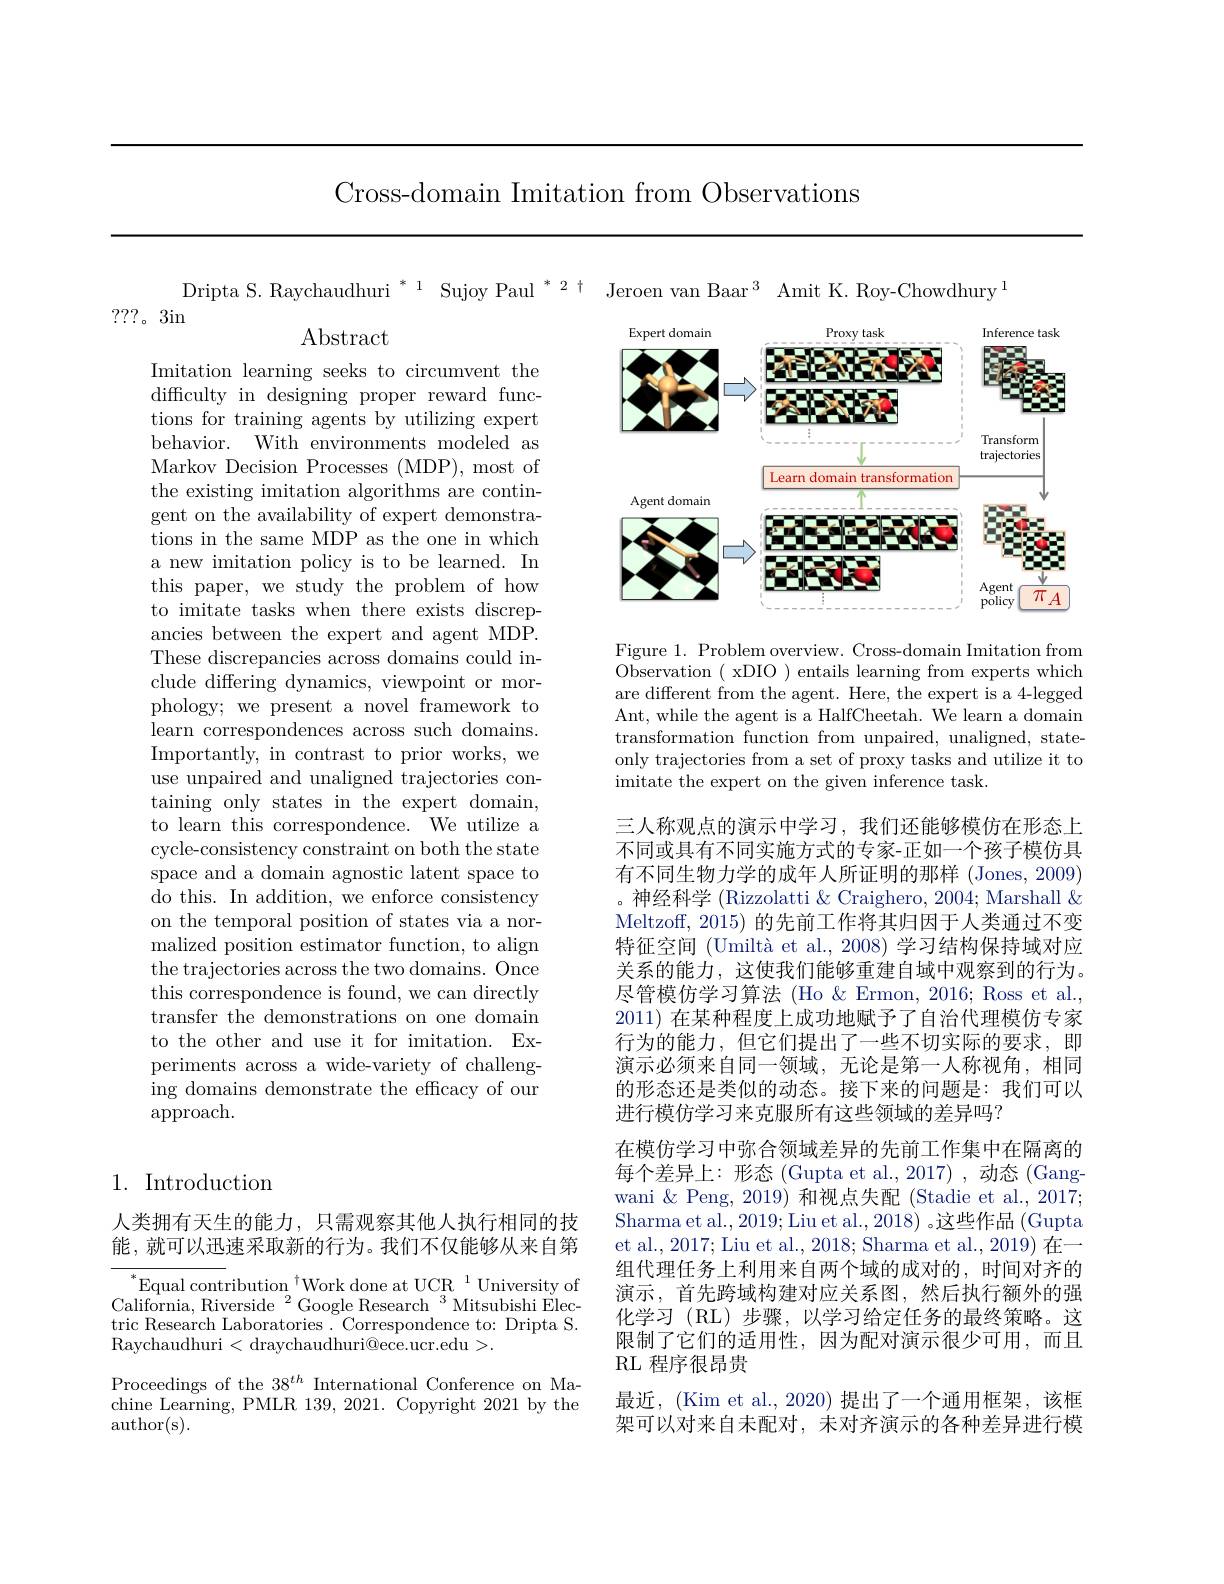
Cross-domain Imitation from Observations

Dripta S. Raychaudhuri $^{*}$ 1 Sujoy Paul $^{*}$ 2 t Jeroen van Baar$^{3}$ Amit K. Roy-Chowdhury$^{1}$

???。3in

$\operatorname{Abstract}$

<FigureHere>

Figure 1. Problem overview. Cross-domain Imitation from Observation ( xDIO ) entails learning from experts which are different from the agent. Here, the expert is a 4-legged Ant, while the agent is a HalfCheetah. We learn a domain transformation function from unpaired, unaligned, stateonly trajectories from a set of proxy tasks and utilize it to imitate the expert on the given inference task.

Imitation learning seeks to circumvent the difficulty in designing proper reward functions for training agents by utilizing expert behavior. With environments modeled as Markov Decision Processes (MDP), most of the existing imitation algorithms are contingent on the availability of expert demonstrations in the same MDP as the one in which a new imitation policy is to be learned. In this paper, we study the problem of how to imitate tasks when there exists discrepancies between the expert and agent MDP. These discrepancies across domains could include differing dynamics, viewpoint or morphology; we present a novel framework to learn correspondences across such domains. Importantly, in contrast to prior works, we use unpaired and unaligned trajectories containing only states in the expert domain, to learn this correspondence. We utilize a cycle-consistency constraint on both the state space and a domain agnostic latent space to do this. In addition, we enforce consistency on the temporal position of states via a normalized position estimator function, to align the trajectories across the two domains. Once this correspondence is found, we can directly transfer the demonstrations on one domain to the other and use it for imitation. Experiments across a wide-variety of challenging domains demonstrate the effcacy of our approach.

三人称观点的演示中学习，我们还能够模仿在形态上不同或具有不同实施方式的专家-正如一个孩子模仿具有不同生物力学的成年人所证明的那样 (Jones,2009) 。神经科学 (Rizzolatti & Craighero, 2004; Marshall & Meltzoff, 2015) 的先前工作将其归因于人类通过不变特征空间 (Umiltà et al., 2008) 学习结构保持域对应关系的能力，这使我们能够重建自域中观察到的行为。尽管模仿学习算法 (Ho&Ermon, 2016; Ross et al., 2011) 在某种程度上成功地赋予了自治代理模仿专家行为的能力，但它们提出了一些不切实际的要求，即演示必须来自同一领域，无论是第一人称视角，相同的形态还是类似的动态。接下来的问题是：我们可以进行模仿学习来克服所有这些领域的差异吗？
在模仿学习中弥合领域差异的先前工作集中在隔离的每个差异上：形态(Gupta et al.,2017),动态(Gangwani & Peng, 2019) 和视点失配 (Stadie et al., 2017; Sharma et al., 2019; Liu et al., 2018) 。这些作品 (Gupta et al., 2017; Liu et al., 2018; Sharma et al., 2019) 在一组代理任务上利用来自两个域的成对的，时间对齐的演示，首先跨域构建对应关系图，然后执行额外的强化学习 (RL)步骤，以学习给定任务的最终策略。这限制了它们的适用性，因为配对演示很少可用，而且RL 程序很昂贵
最近，(Kim et al., 2020) 提出了一个通用框架，该框架可以对来自未配对，未对齐演示的各种差异进行模

## 1. Introduction

人类拥有天生的能力，只需观察其他人执行相同的技能，就可以迅速采取新的行为。我们不仅能够从来自第

$^{*}$Equal contribution$^{\dagger}$Work done at UCR$^{1}$University of ${\mathrm{California,Riverside~}^2\text{Google Research}^3\text{Mitsubishi Elec-}}$ tric Research Laboratories . Correspondence to: Dripta S. Raychaudhuri<draychaudhuri@ece.ucr.edu>.

Proceedings of the 38$^{th}$ International Conference on Machine Learning, PMLR 139, 2021. Copyright 2021 by the author(s).